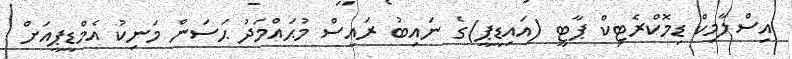
އިސްލާމިކް ޑިމޮކްރެޓިކް ޕާޓީ (އައިޑީޕީ)ގެ ނައިބު ރައީސް މުޙައްމަދު ޙަސަން މަނިކު އެމްޑީޕީއަށް